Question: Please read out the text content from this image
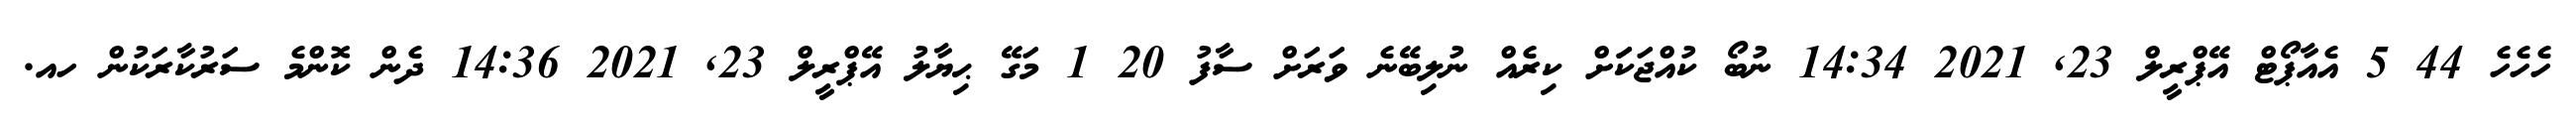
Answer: ހެހެހެ 44 5 އެއާޕޯޓް އޭޕްރީލް 23, 2021 14:34 ނުބޯ ކުއްޖަކަަށް ކިރެއް ނުލިބޭނެ ވަރަށް ސާފު 20 1 މަގޭ ޙިޔާލު އޭޕްރީލް 23, 2021 14:36 ދެން ކޮންމެ ސަރުކާރަކުން ހއ.